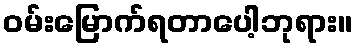
ဝမ်းမြောက်ရတာပေါ့ဘုရား။